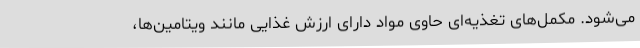
می‌شود. مکمل‌های تغذیه‌ای حاوی مواد دارای ارزش غذایی مانند ویتامین‌ها،